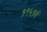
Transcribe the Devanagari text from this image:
१९५१में